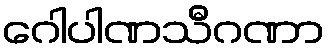
ဂေါပါဏသီဂဏာ